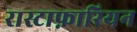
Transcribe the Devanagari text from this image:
रास्टाफ़ारियन